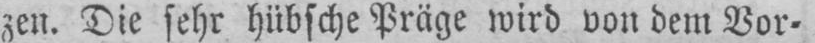
zen. Die sehr hübsche Präge wird von dem Vor⸗